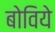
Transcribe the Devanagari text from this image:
बोविये